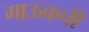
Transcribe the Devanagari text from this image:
गाऊकची